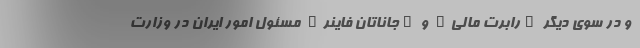
و در سوی دیگر "رابرت مالی" و "جاناتان فاینر" مسئول امور ایران در وزارت